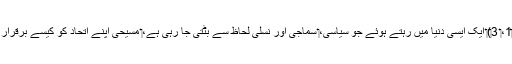
‏ (‏2-‏تیمُتھیُس 3:‏1،‏ 3‏)‏ ایک ایسی دُنیا میں رہتے ہوئے جو سیاسی،‏ سماجی اور نسلی لحاظ سے بٹتی جا رہی ہے،‏ مسیحی اپنے اِتحاد کو کیسے برقرار رکھ سکتے ہیں؟